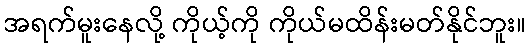
အရက်မူးနေလို့ ကိုယ့်ကို ကိုယ်မထိန်းမတ်နိုင်ဘူး။